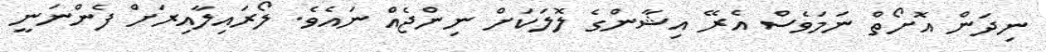
ނިދަން އޮށޯތް ނަމަވެސް އެރޭ އިޝާންގެ ލޮލަކަށް ނިންޖެއް ނައެވެ. ލޯރައިލާއިރަށް ފެންނަނީ